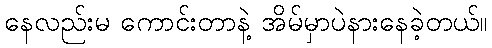
နေလည်းမ ကောင်းတာနဲ့ အိမ်မှာပဲနားနေခဲ့တယ်။